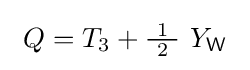
\ Q=T_{3}+{\tfrac {\ 1\ }{2}}\ Y_{\mathsf {W}}\